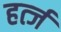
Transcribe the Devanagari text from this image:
हर्त्ज